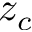
z _ { c }